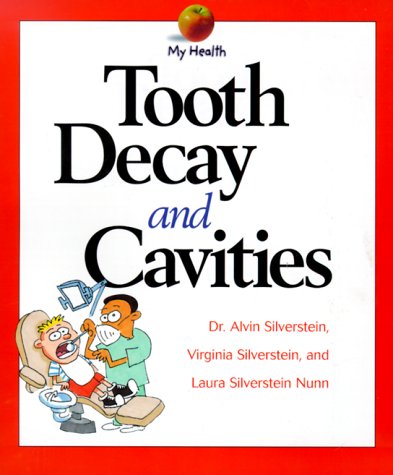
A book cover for Tooth Decay & Cavities (My Health); Alvin Silverstein; Medical Books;